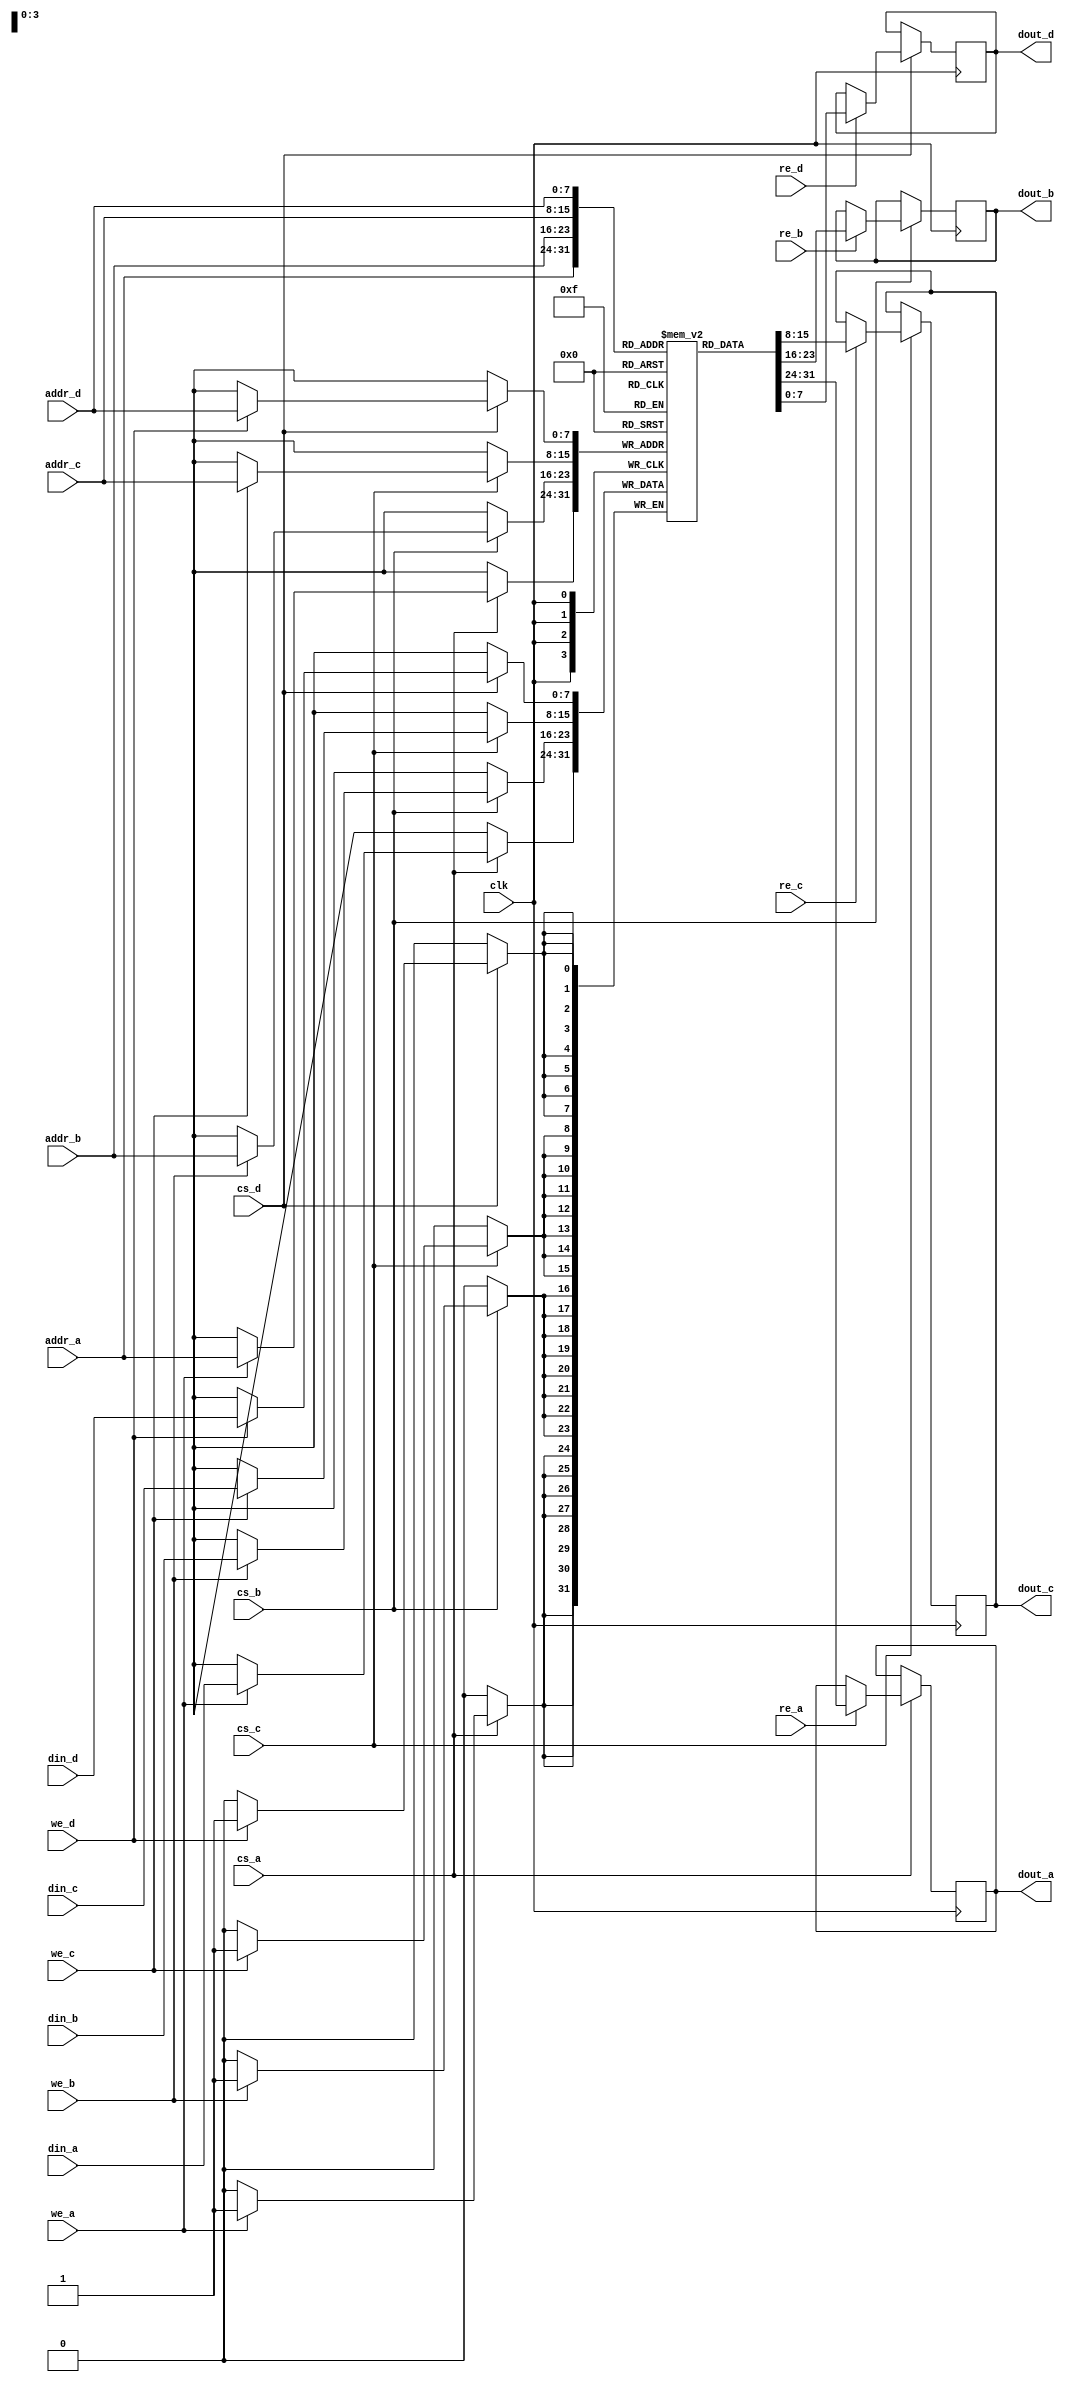
module quad_port_sram #(
    parameter DATA_WIDTH = 8, // Data width for each port
    parameter ADDR_WIDTH = 8, // Address width (number of addressable locations)
    parameter MEM_DEPTH = (1 << ADDR_WIDTH) // Total memory locations
) (
    input wire clk, // Clock signal
    // Port A
    input wire [ADDR_WIDTH-1:0] addr_a,
    input wire [DATA_WIDTH-1:0] din_a,
    input wire we_a, // Write enable for Port A
    input wire re_a, // Read enable for Port A
    output reg [DATA_WIDTH-1:0] dout_a,
    input wire cs_a, // Chip select for Port A
    
    // Port B
    input wire [ADDR_WIDTH-1:0] addr_b,
    input wire [DATA_WIDTH-1:0] din_b,
    input wire we_b, // Write enable for Port B
    input wire re_b, // Read enable for Port B
    output reg [DATA_WIDTH-1:0] dout_b,
    input wire cs_b, // Chip select for Port B
    
    // Port C
    input wire [ADDR_WIDTH-1:0] addr_c,
    input wire [DATA_WIDTH-1:0] din_c,
    input wire we_c, // Write enable for Port C
    input wire re_c, // Read enable for Port C
    output reg [DATA_WIDTH-1:0] dout_c,
    input wire cs_c, // Chip select for Port C
    
    // Port D
    input wire [ADDR_WIDTH-1:0] addr_d,
    input wire [DATA_WIDTH-1:0] din_d,
    input wire we_d, // Write enable for Port D
    input wire re_d, // Read enable for Port D
    output reg [DATA_WIDTH-1:0] dout_d,
    input wire cs_d // Chip select for Port D
);

    // Memory array declaration
    reg [DATA_WIDTH-1:0] mem [0:MEM_DEPTH-1];

    // Port A Logic
    always @(posedge clk) begin
        if (cs_a) begin
            if (we_a) begin
                mem[addr_a] <= din_a; // Write data to memory
            end
            if (re_a) begin
                dout_a <= mem[addr_a]; // Read data from memory
            end
        end
    end

    // Port B Logic
    always @(posedge clk) begin
        if (cs_b) begin
            if (we_b) begin
                mem[addr_b] <= din_b; // Write data to memory
            end
            if (re_b) begin
                dout_b <= mem[addr_b]; // Read data from memory
            end
        end
    end

    // Port C Logic
    always @(posedge clk) begin
        if (cs_c) begin
            if (we_c) begin
                mem[addr_c] <= din_c; // Write data to memory
            end
            if (re_c) begin
                dout_c <= mem[addr_c]; // Read data from memory
            end
        end
    end

    // Port D Logic
    always @(posedge clk) begin
        if (cs_d) begin
            if (we_d) begin
                mem[addr_d] <= din_d; // Write data to memory
            end
            if (re_d) begin
                dout_d <= mem[addr_d]; // Read data from memory
            end
        end
    end

endmodule